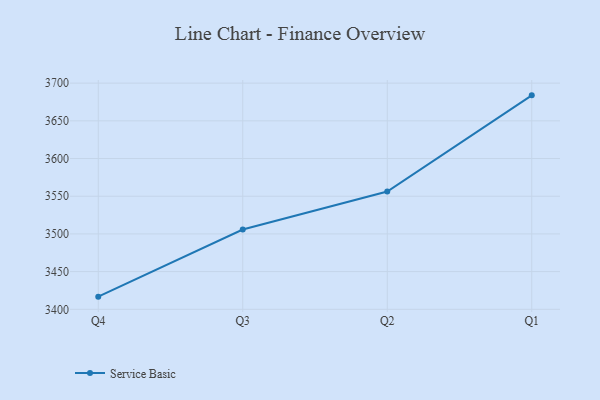
{"axis": {"x": "Quarter", "y": "Backlog"}, "legend": ["Service Basic"], "data": [{"x": "Q4", "y": 3416.8, "type": "Service Basic"}, {"x": "Q3", "y": 3505.9, "type": "Service Basic"}, {"x": "Q2", "y": 3556.2, "type": "Service Basic"}, {"x": "Q1", "y": 3683.8, "type": "Service Basic"}]}